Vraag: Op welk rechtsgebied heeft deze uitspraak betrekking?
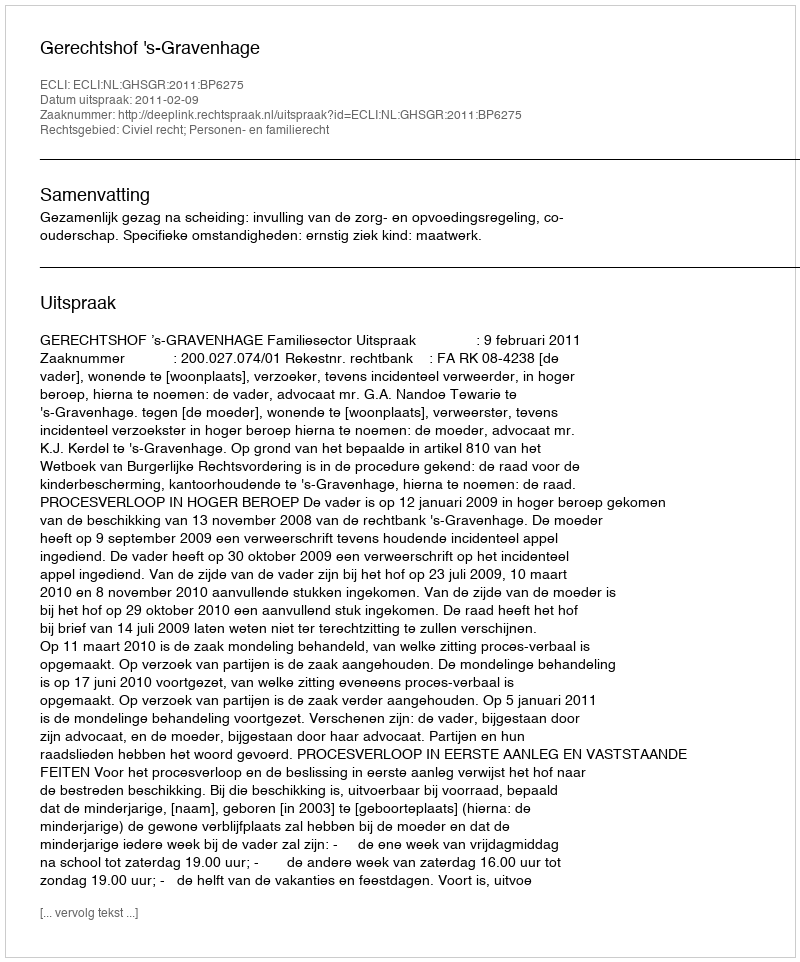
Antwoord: Civiel recht; Personen- en familierecht